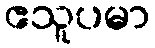
ဧသူပမာ